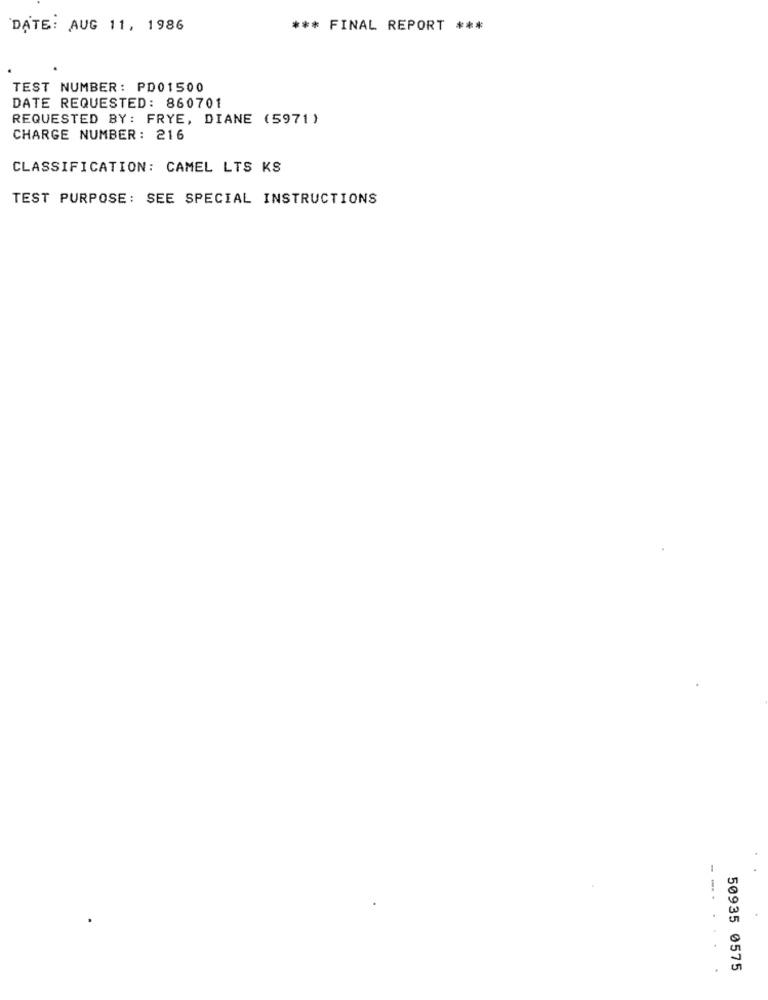
DATE: AUG 11, 1986
*** FINAL REPORT ***
TEST NUMBER: PD01500
DATE REQUESTED: 860701
REQUESTED BY: FRYE, DIANE (5971)
CHARGE NUMBER: 216
CLASSIFICATION: CAMEL LTS KS
TEST PURPOSE: SEE SPECIAL INSTRUCTIONS
50935 0575